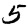
Digit: 5